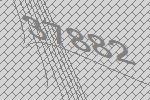
37882